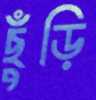
ছুঁড়ি